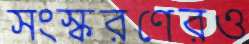
সংস্করণেরও